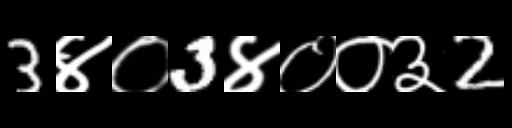
Text: 3४०3४००३2